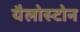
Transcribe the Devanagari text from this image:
यैलोस्टोन